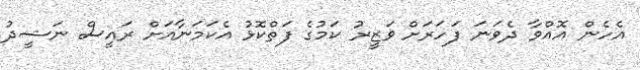
އެހެން އޮއްވާ ދެވަނަ ފަހަރަށް ވަޒީރު ކަމުގެ ފަތްކޮޅު އެކަމަނާއަށް ރައީސް ނަޝީދު